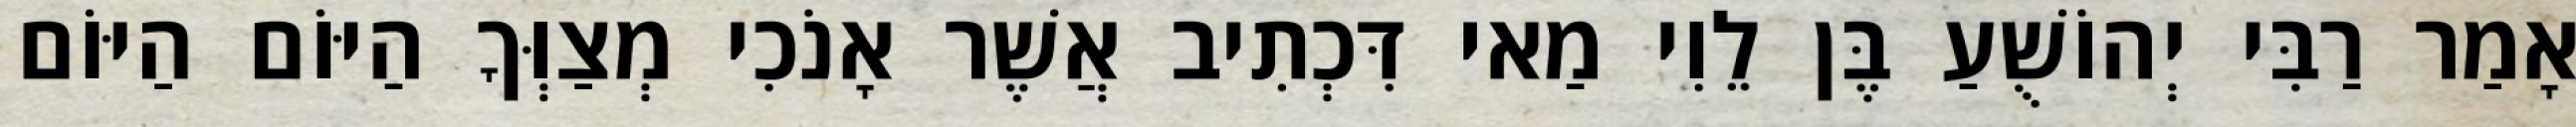
אָמַר רַבִּי יְהוֹשֻׁעַ בֶּן לֵוִי מַאי דִּכְתִיב אֲשֶׁר אָנֹכִי מְצַוְּךָ הַיּוֹם הַיּוֹם